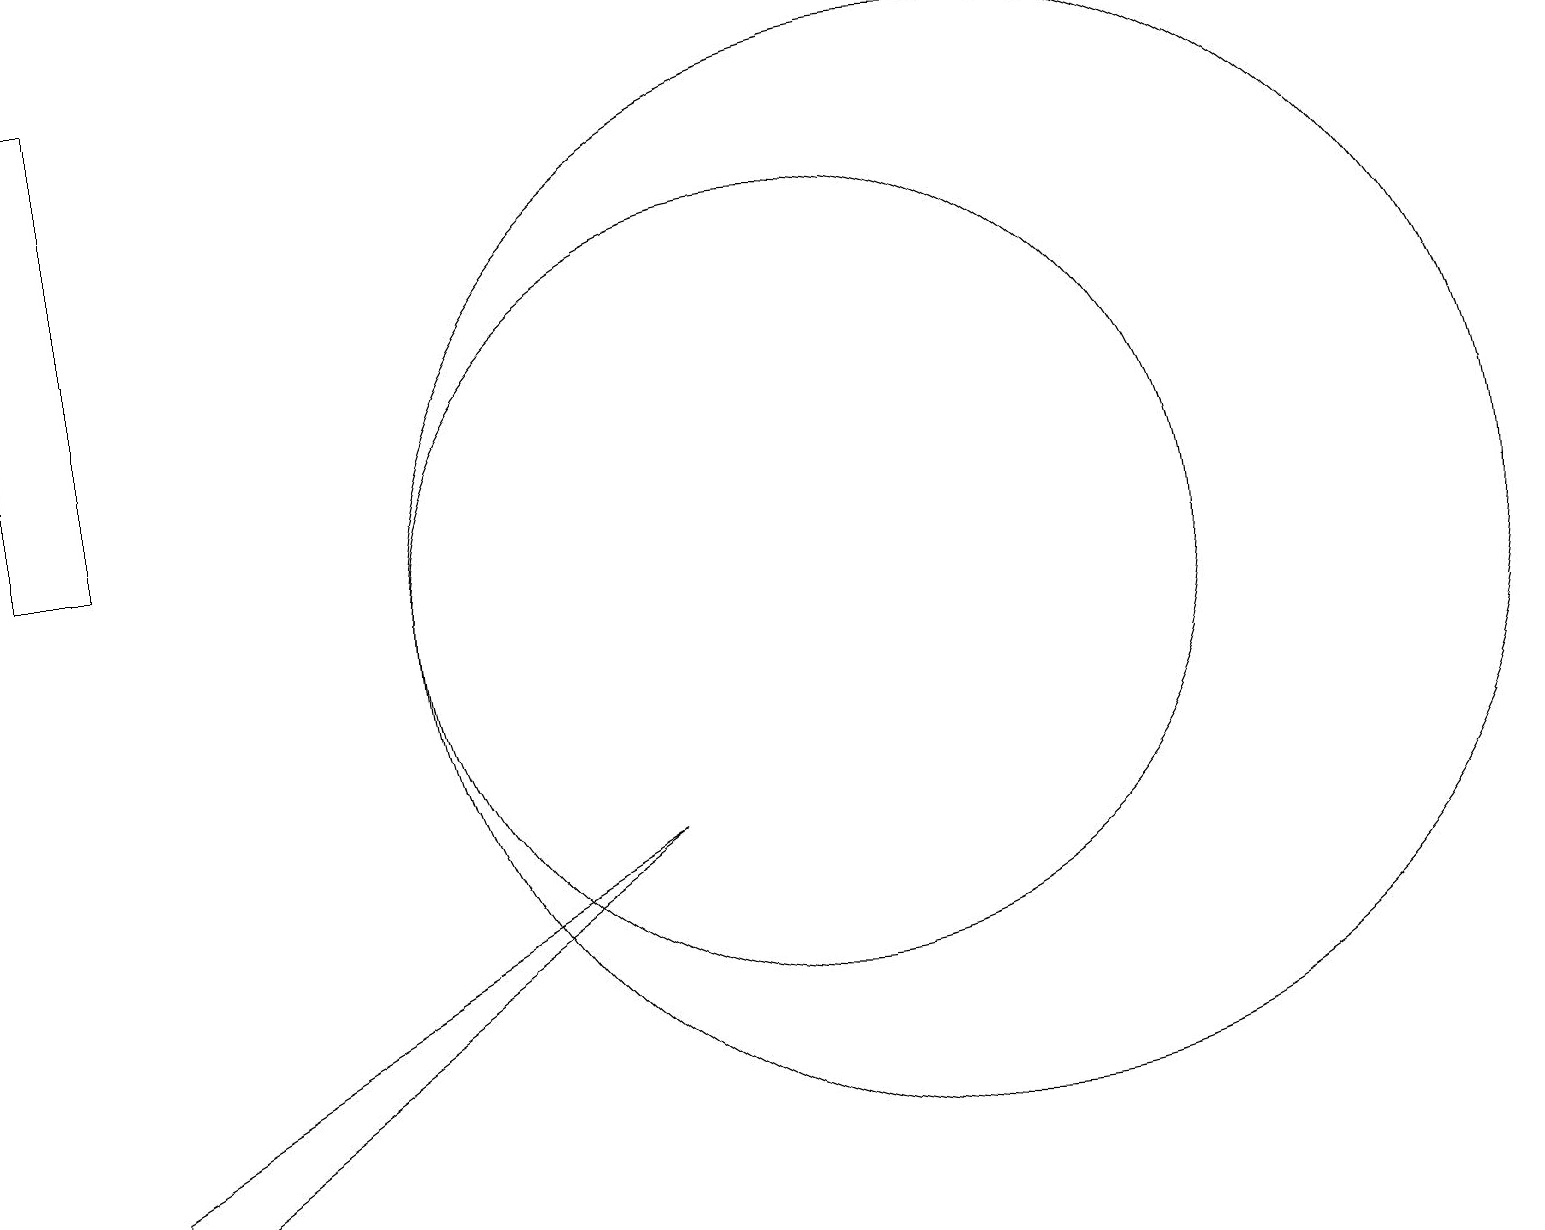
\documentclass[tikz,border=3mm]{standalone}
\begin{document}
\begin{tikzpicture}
\draw (10,10) circle (5);
\draw (12,10) circle (7);
\draw (1,3) -- (1,2) -- (8,7) -- cycle;
\draw (0,11) rectangle (1,17);
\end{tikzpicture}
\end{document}